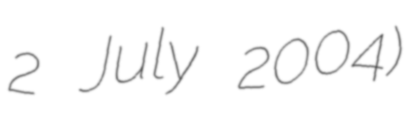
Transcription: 2 July 2004)